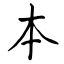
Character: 本